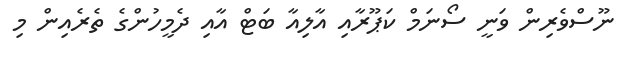
ނޫސްވެރިން ވަނީ ސޯނަމް ކަޕޫރާއި އާލިއާ ބަޓް އާއި ދެމީހުންގެ ތެރެއިން މި